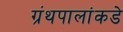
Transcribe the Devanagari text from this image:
ग्रंथपालांकडे